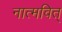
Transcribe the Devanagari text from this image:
नात्मवित्‌